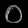
Digit: ၀